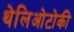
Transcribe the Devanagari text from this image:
थेलिओटोकी